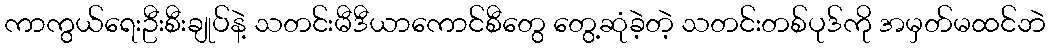
ကာကွယ်ရေးဦးစီးချုပ်နဲ့ သတင်းမီဒီယာကောင်စီတွေ တွေ့ဆုံခဲ့တဲ့ သတင်းတစ်ပုဒ်ကို အမှတ်မထင်ဘဲ